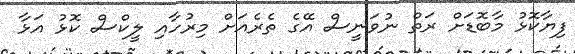
ފިޔާކޮޅު މާބޮޑަށް ރަތް ނުވަނީސް އޭގެ ތެރެއަށް މިރުހާއި ލީކްސް ކޮޅު އަޅާ